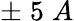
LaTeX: \pm\; 5\; A